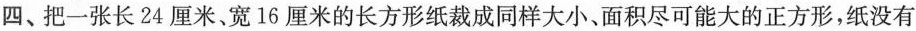
四、把一张长24厘米、宽16厘米的长方形纸裁成同样大小、面积尽可能大的正方形，纸没有